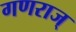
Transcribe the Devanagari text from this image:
गणराज्